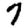
Digit: 7